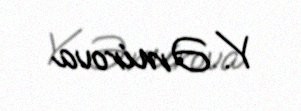
Y. Əmirova